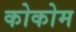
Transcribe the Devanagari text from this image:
कोकोम